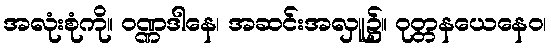
အလုံးစုံကို။ ဝဏ္ဏဒါနေ၊ အဆင်းအလှူ၌။ ဝုတ္တနယေနေဝ၊